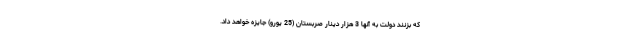
که بزنند دولت به آنها 3 هزار دینار صربستان (25 یورو) جایزه خواهد داد.